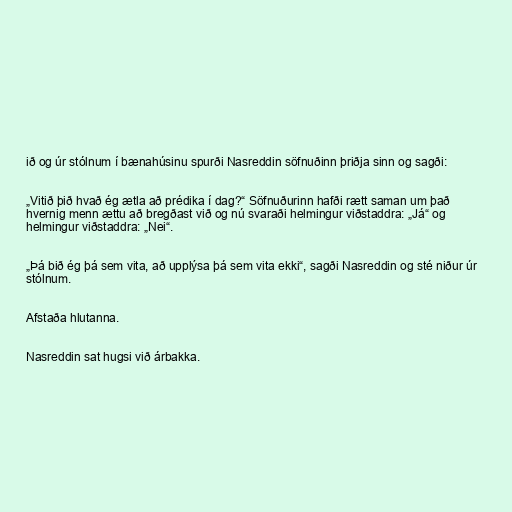
ið og úr stólnum í bænahúsinu spurði Nasreddin söfnuðinn þriðja sinn og sagði:

„Vitið þið hvað ég ætla að prédika í dag?“ Söfnuðurinn hafði rætt saman um það
hvernig menn ættu að bregðast við og nú svaraði helmingur viðstaddra: „Já“ og
helmingur viðstaddra: „Nei“.

„Þá bið ég þá sem vita, að upplýsa þá sem vita ekki“, sagði Nasreddin og sté niður úr
stólnum.

Afstaða hlutanna.

Nasreddin sat hugsi við árbakka.